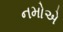
નમોએ